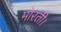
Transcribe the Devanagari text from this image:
मोरती।